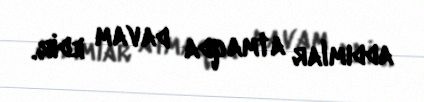
addımlar atmaqda davam edir.